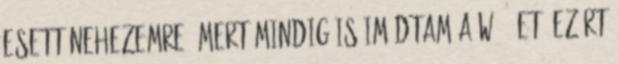
esett nehezemre, mert mindig is imádtam a W140-et, ezért